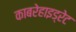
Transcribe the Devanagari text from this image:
काबरेहाइड्रेट